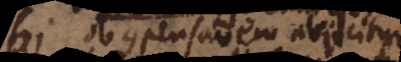
quid ob compensationem abjicitur,